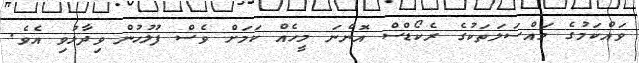
ވައްކަމުގެ މައްސަލަތަކުގެ ރެކޯޑްސް އޮންނަ މީހެއް ކަމަށް ވެސް ފުލުހުން ވިދާޅުވި އެވެ.